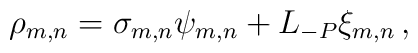
\rho_{m,n} = \sigma_{m,n} \psi_{m,n} + L_{-P} \xi_{m,n}\,,